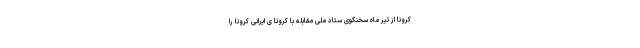
کرونا از تیر ماه سخنگوی ستاد ملی مقابله با کرونا ی ایرانی کرونا را